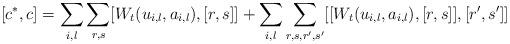
LaTeX: \begin{align*}[c^*,c]=\sum_{i,l}\sum_{r,s} [W_t(u_{i,l},a_{i,l}),[r,s]]+\sum_{i,l}\sum_{r,s,r',s'} [[W_t(u_{i,l},a_{i,l}),[r,s]],[r',s']] \end{align*}